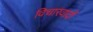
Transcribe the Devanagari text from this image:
विचारवादों